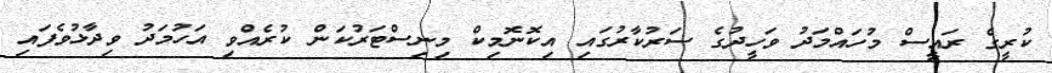
ކުރީގެ ރައީސް މުހައްމަދު ވަހީދުގެ ސަރުކާރުގައި އިކޮނޮމިކް މިނިސްޓަރުކަން ކުރެއްވި އަހުމަދު ވިދާޅުވެފައި